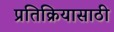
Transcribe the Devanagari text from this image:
प्रतिक्रियासाठी